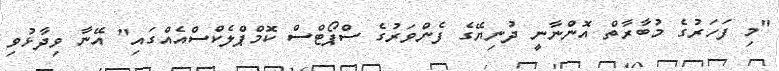
"މި ފަހަރުގެ މުބާރާތް އޮންނާނީ ދުނިޔޭގެ ފެންވަރުގެ ސްޕޯޓްސް ކޮމްޕްލެކްސްއެއްގައި" އޭނާ ވިދާޅުވި